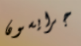
جرايسون